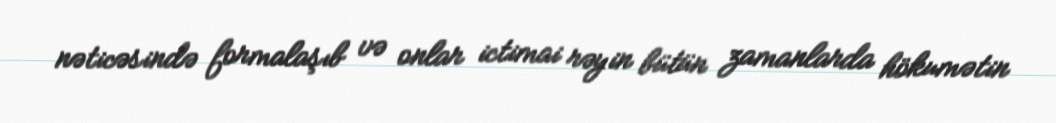
nəticəsində formalaşıb və onlar ictimai rəyin bütün zamanlarda hökumətin